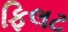
ફિલટ